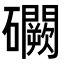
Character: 𥗮